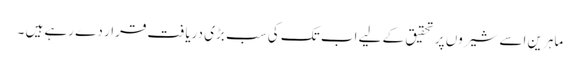
ماہرین اسے شیروں پر تحقیق کے لیے اب تک کی سب بڑی دریافت قرار دے رہے ہیں ۔